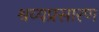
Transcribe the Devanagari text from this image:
श्रव्यप्रसारण